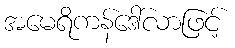
အမေရိကန်ဒေါ်လာဖြင့်